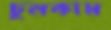
চুনকাম